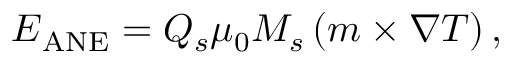
\boldsymbol { E } _ { \mathrm { A N E } } = Q _ { s } \mu _ { 0 } M _ { s } \left( \boldsymbol { m } \times \nabla T \right) ,